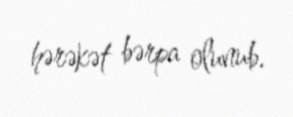
hərəkət bərpa olunub.